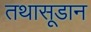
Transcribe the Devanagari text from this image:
तथासूडान